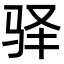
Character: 驿